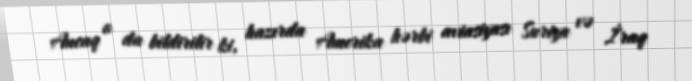
Ancaq o da bildirilir ki, hazırda Amerika hərbi aviasiyası Suriya və İraq